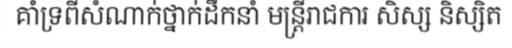
គាំទ្រពីសំណាក់ថ្នាក់ដឹកនាំ មន្ត្រីរាជការ សិស្ស និស្សិត